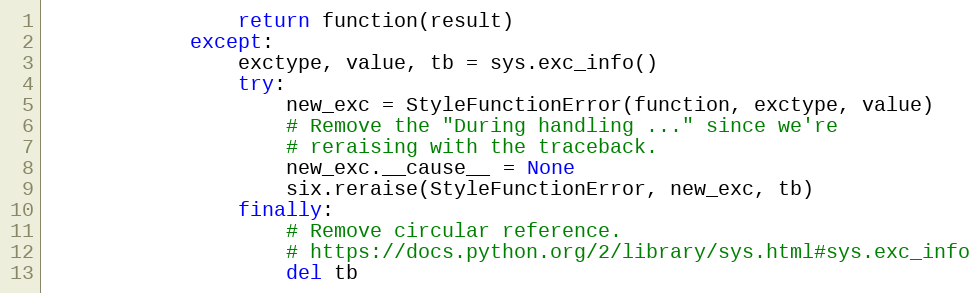
Language: Python
                return function(result)
            except:
                exctype, value, tb = sys.exc_info()
                try:
                    new_exc = StyleFunctionError(function, exctype, value)
                    # Remove the "During handling ..." since we're
                    # reraising with the traceback.
                    new_exc.__cause__ = None
                    six.reraise(StyleFunctionError, new_exc, tb)
                finally:
                    # Remove circular reference.
                    # https://docs.python.org/2/library/sys.html#sys.exc_info
                    del tb